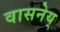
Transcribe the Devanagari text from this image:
वासनेय्